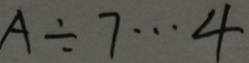
A \div 7 \cdots 4